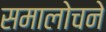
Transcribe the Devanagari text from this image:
समालोचने